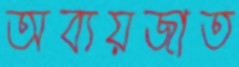
অব্যয়জাত